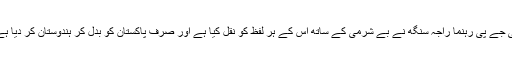
بی جے پی رہنما راجہ سنگھ نے بے شرمی کے ساتھ اس کے ہر لفظ کو نقل کیا ہے اور صرف پاکستان کو بدل کر ہندوستان کر دیا ہے۔